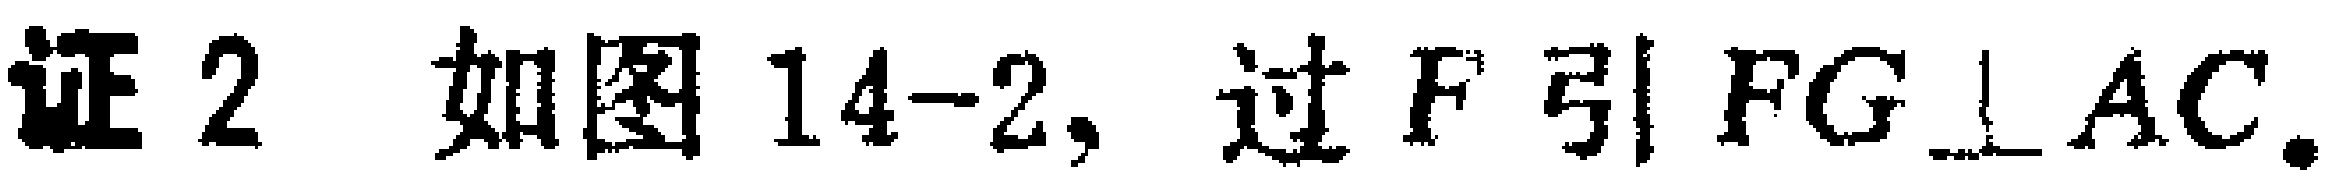
证2 如图14-2, 过$F$引$FG\perp AC$.